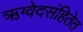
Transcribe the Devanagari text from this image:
ऋग्वेदसंहितेत